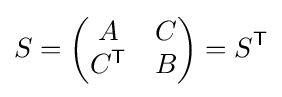
S={\begin{pmatrix}A&C\\C^{\mathsf {T}}&B\end{pmatrix}}=S^{\mathsf {T}}